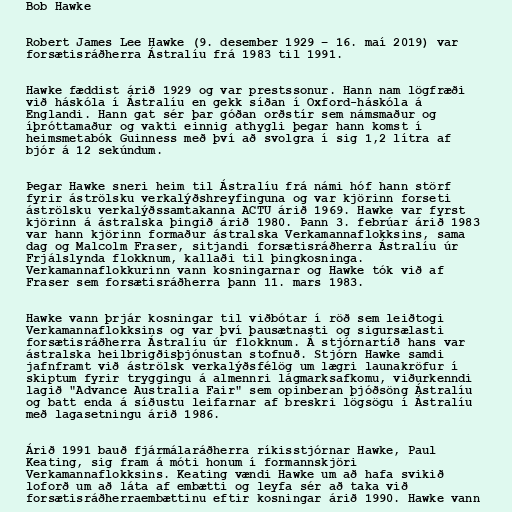
Bob Hawke

Robert James Lee Hawke (9. desember 1929 – 16. maí 2019) var
forsætisráðherra Ástralíu frá 1983 til 1991.

Hawke fæddist árið 1929 og var prestssonur. Hann nam lögfræði
við háskóla í Ástralíu en gekk síðan í Oxford-háskóla á
Englandi. Hann gat sér þar góðan orðstír sem námsmaður og
íþróttamaður og vakti einnig athygli þegar hann komst í
heimsmetabók Guinness með því að svolgra í sig 1,2 lítra af
bjór á 12 sekúndum.

Þegar Hawke sneri heim til Ástralíu frá námi hóf hann störf
fyrir áströlsku verkalýðshreyfinguna og var kjörinn forseti
áströlsku verkalýðssamtakanna ACTU árið 1969. Hawke var fyrst
kjörinn á ástralska þingið árið 1980. Þann 3. febrúar árið 1983
var hann kjörinn formaður ástralska Verkamannaflokksins, sama
dag og Malcolm Fraser, sitjandi forsætisráðherra Ástralíu úr
Frjálslynda flokknum, kallaði til þingkosninga.
Verkamannaflokkurinn vann kosningarnar og Hawke tók við af
Fraser sem forsætisráðherra þann 11. mars 1983.

Hawke vann þrjár kosningar til viðbótar í röð sem leiðtogi
Verkamannaflokksins og var því þausætnasti og sigursælasti
forsætisráðherra Ástralíu úr flokknum. Á stjórnartíð hans var
ástralska heilbrigðisþjónustan stofnuð. Stjórn Hawke samdi
jafnframt við áströlsk verkalýðsfélög um lægri launakröfur í
skiptum fyrir tryggingu á almennri lágmarksafkomu, viðurkenndi
lagið "Advance Australia Fair" sem opinberan þjóðsöng Ástralíu
og batt enda á síðustu leifarnar af breskri lögsögu í Ástralíu
með lagasetningu árið 1986.

Árið 1991 bauð fjármálaráðherra ríkisstjórnar Hawke, Paul
Keating, sig fram á móti honum í formannskjöri
Verkamannaflokksins. Keating vændi Hawke um að hafa svikið
loforð um að láta af embætti og leyfa sér að taka við
forsætisráðherraembættinu eftir kosningar árið 1990. Hawke vann